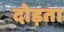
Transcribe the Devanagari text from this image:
दोड़ता